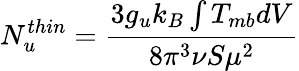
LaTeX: {N_{u}^{thin}}=\frac{3{g_{u}}k_{B}\int{T_{mb}dV}}{8\pi^{3}\nu S\mu^{2}}